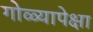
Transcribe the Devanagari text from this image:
गोळ्यापेक्षा